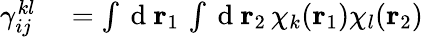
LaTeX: \begin{array}{rl}{{\gamma}_{ij}^{kl}}&{{}=\int\mathrm{~d~}{\mathbf{r}_{1}}\, \int\mathrm{~d~}{\mathbf{r}_{2}}\, \chi_{k}({\mathbf{r}_{1}})\chi_{l}({\mathbf{r}_{2}})}\end{array}